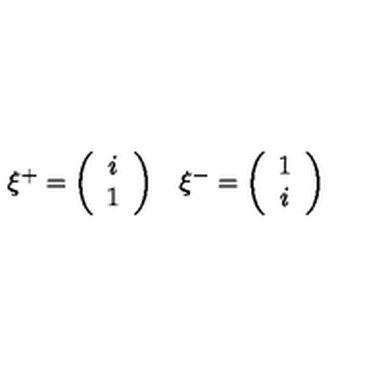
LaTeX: \begin{array} { c c } { \xi ^ { + } = \left( \begin{array} { c } { i } \\ { 1 } \\ \end{array} \right) } & { \xi ^ { - } = \left( \begin{array} { c } { 1 } \\ { i } \\ \end{array} \right) } \\ \end{array}